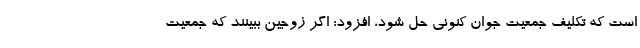
است که تکلیف جمعیت جوان کنونی حل شود، افزود: اگر زوجین ببینند که جمعیت